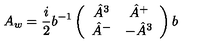
A _ { w } = { \frac { i } { 2 } } b ^ { - 1 } \left( \begin{array} { c c } { \hat { A } ^ { 3 } } & { \hat { A } ^ { + } } \\ { \hat { A } ^ { - } } & { - \hat { A } ^ { 3 } } \\ \end{array} \right) b